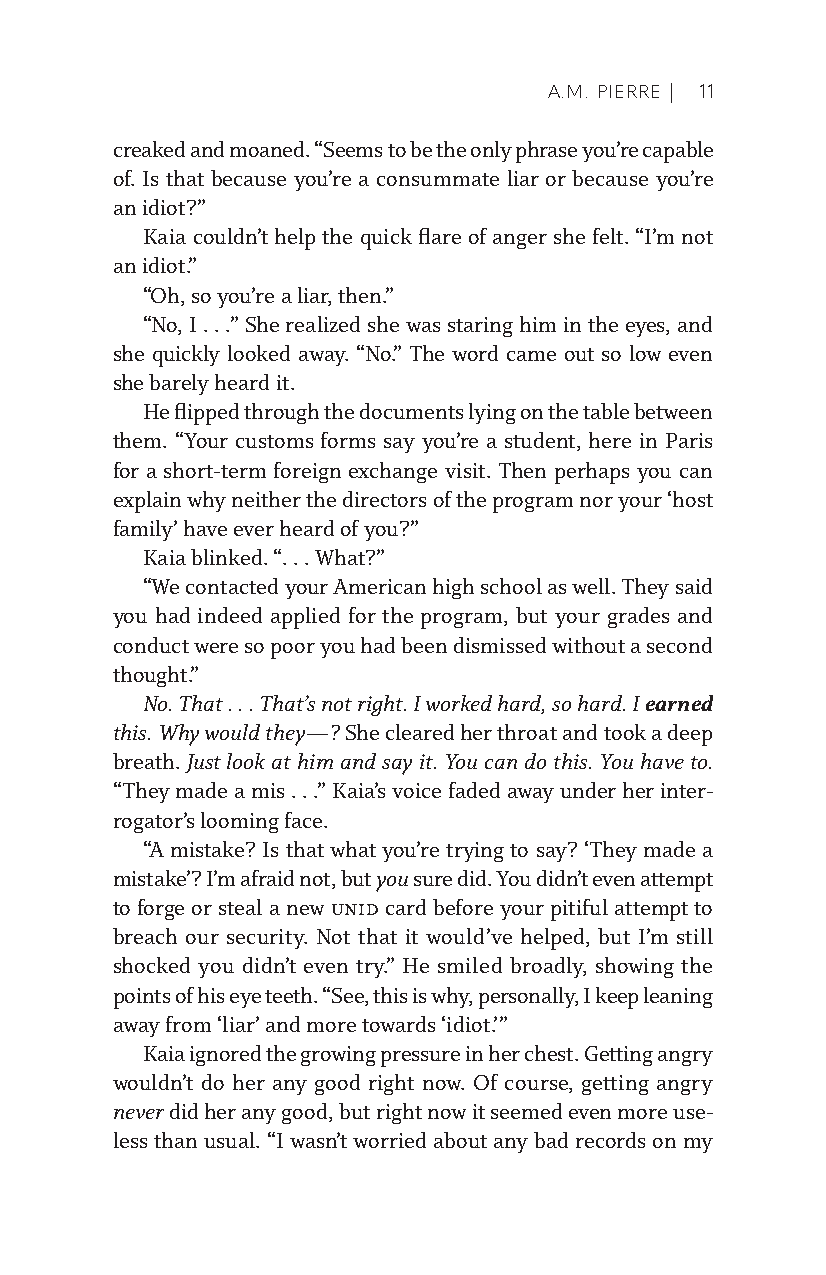
A.M. PIERRE | 11
 creaked and moaned. “Seems to be the only phrase you’re capable
 of. Is that because you’re a consummate liar or because you’re
 an idiot?”
 Kaia couldn’t help the quick flare of anger she felt. “I’m not
 an idiot.”
 “Oh, so you’re a liar, then.”
 “No, I . . .” She realized she was staring him in the eyes, and
 she quickly looked away. “No.” The word came out so low even
 she barely heard it.
 He flipped through the documents lying on the table between
 them. “Your customs forms say you’re a student, here in Paris
 for a short-term foreign exchange visit. Then perhaps you can
 explain why neither the directors of the program nor your ‘host
 family’ have ever heard of you?”
 Kaia blinked. “. . . What?”
 “We contacted your American high school as well. They said
 you had indeed applied for the program, but your grades and
 conduct were so poor you had been dismissed without a second
 thought.”
 No. That . . . That’s not right. I worked hard, so hard. I earned
 this. Why would they—? She cleared her throat and took a deep
 breath. Just look at him and say it. You can do this. You have to.
 “They made a mis . . .” Kaia’s voice faded away under her inter-
 rogator’s looming face.
 “A mistake? Is that what you’re trying to say? ‘They made a
 mistake’? I’m afraid not, but you sure did. You didn’t even attempt
 to forge or steal a new UNID card before your pitiful attempt to
 breach our security. Not that it would’ve helped, but I’m still
 shocked you didn’t even try.” He smiled broadly, showing the
 points of his eye teeth. “See, this is why, personally, I keep leaning
 away from ‘liar’ and more towards ‘idiot.’”
 Kaia ignored the growing pressure in her chest. Getting angry
 wouldn’t do her any good right now. Of course, getting angry
 never did her any good, but right now it seemed even more use-
 less than usual. “I wasn’t worried about any bad records on my